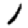
Digit: 1